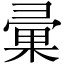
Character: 彚